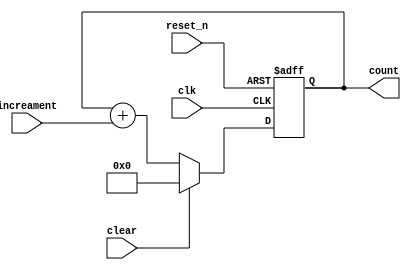
module counter (
    input clk, 
    input reset_n, 
    input clear, 
    input increament, 
    output reg [3:0] count
); 

    always @(posedge clk or negedge reset_n) begin 
        if(!reset_n) 
            count <= 'b0; 
        else 
            count <= clear ? 'b0: count + increament; 
    end 
endmodule